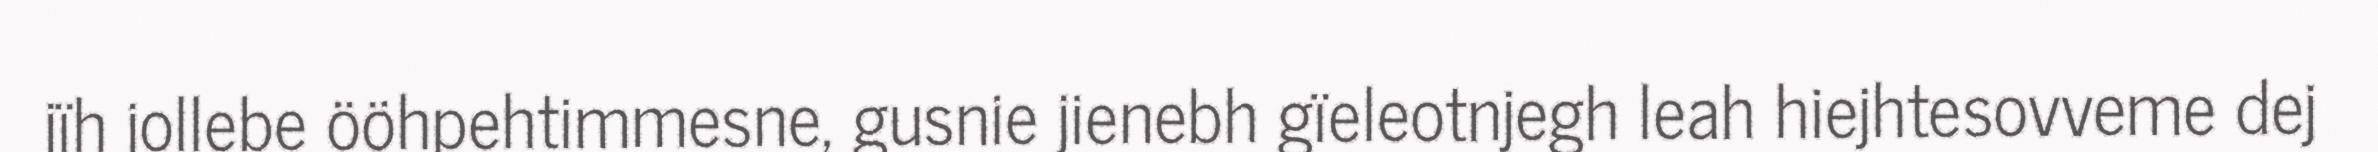
jïh jollebe ööhpehtimmesne, gusnie jienebh gïeleotnjegh leah hiejhtesovveme dej